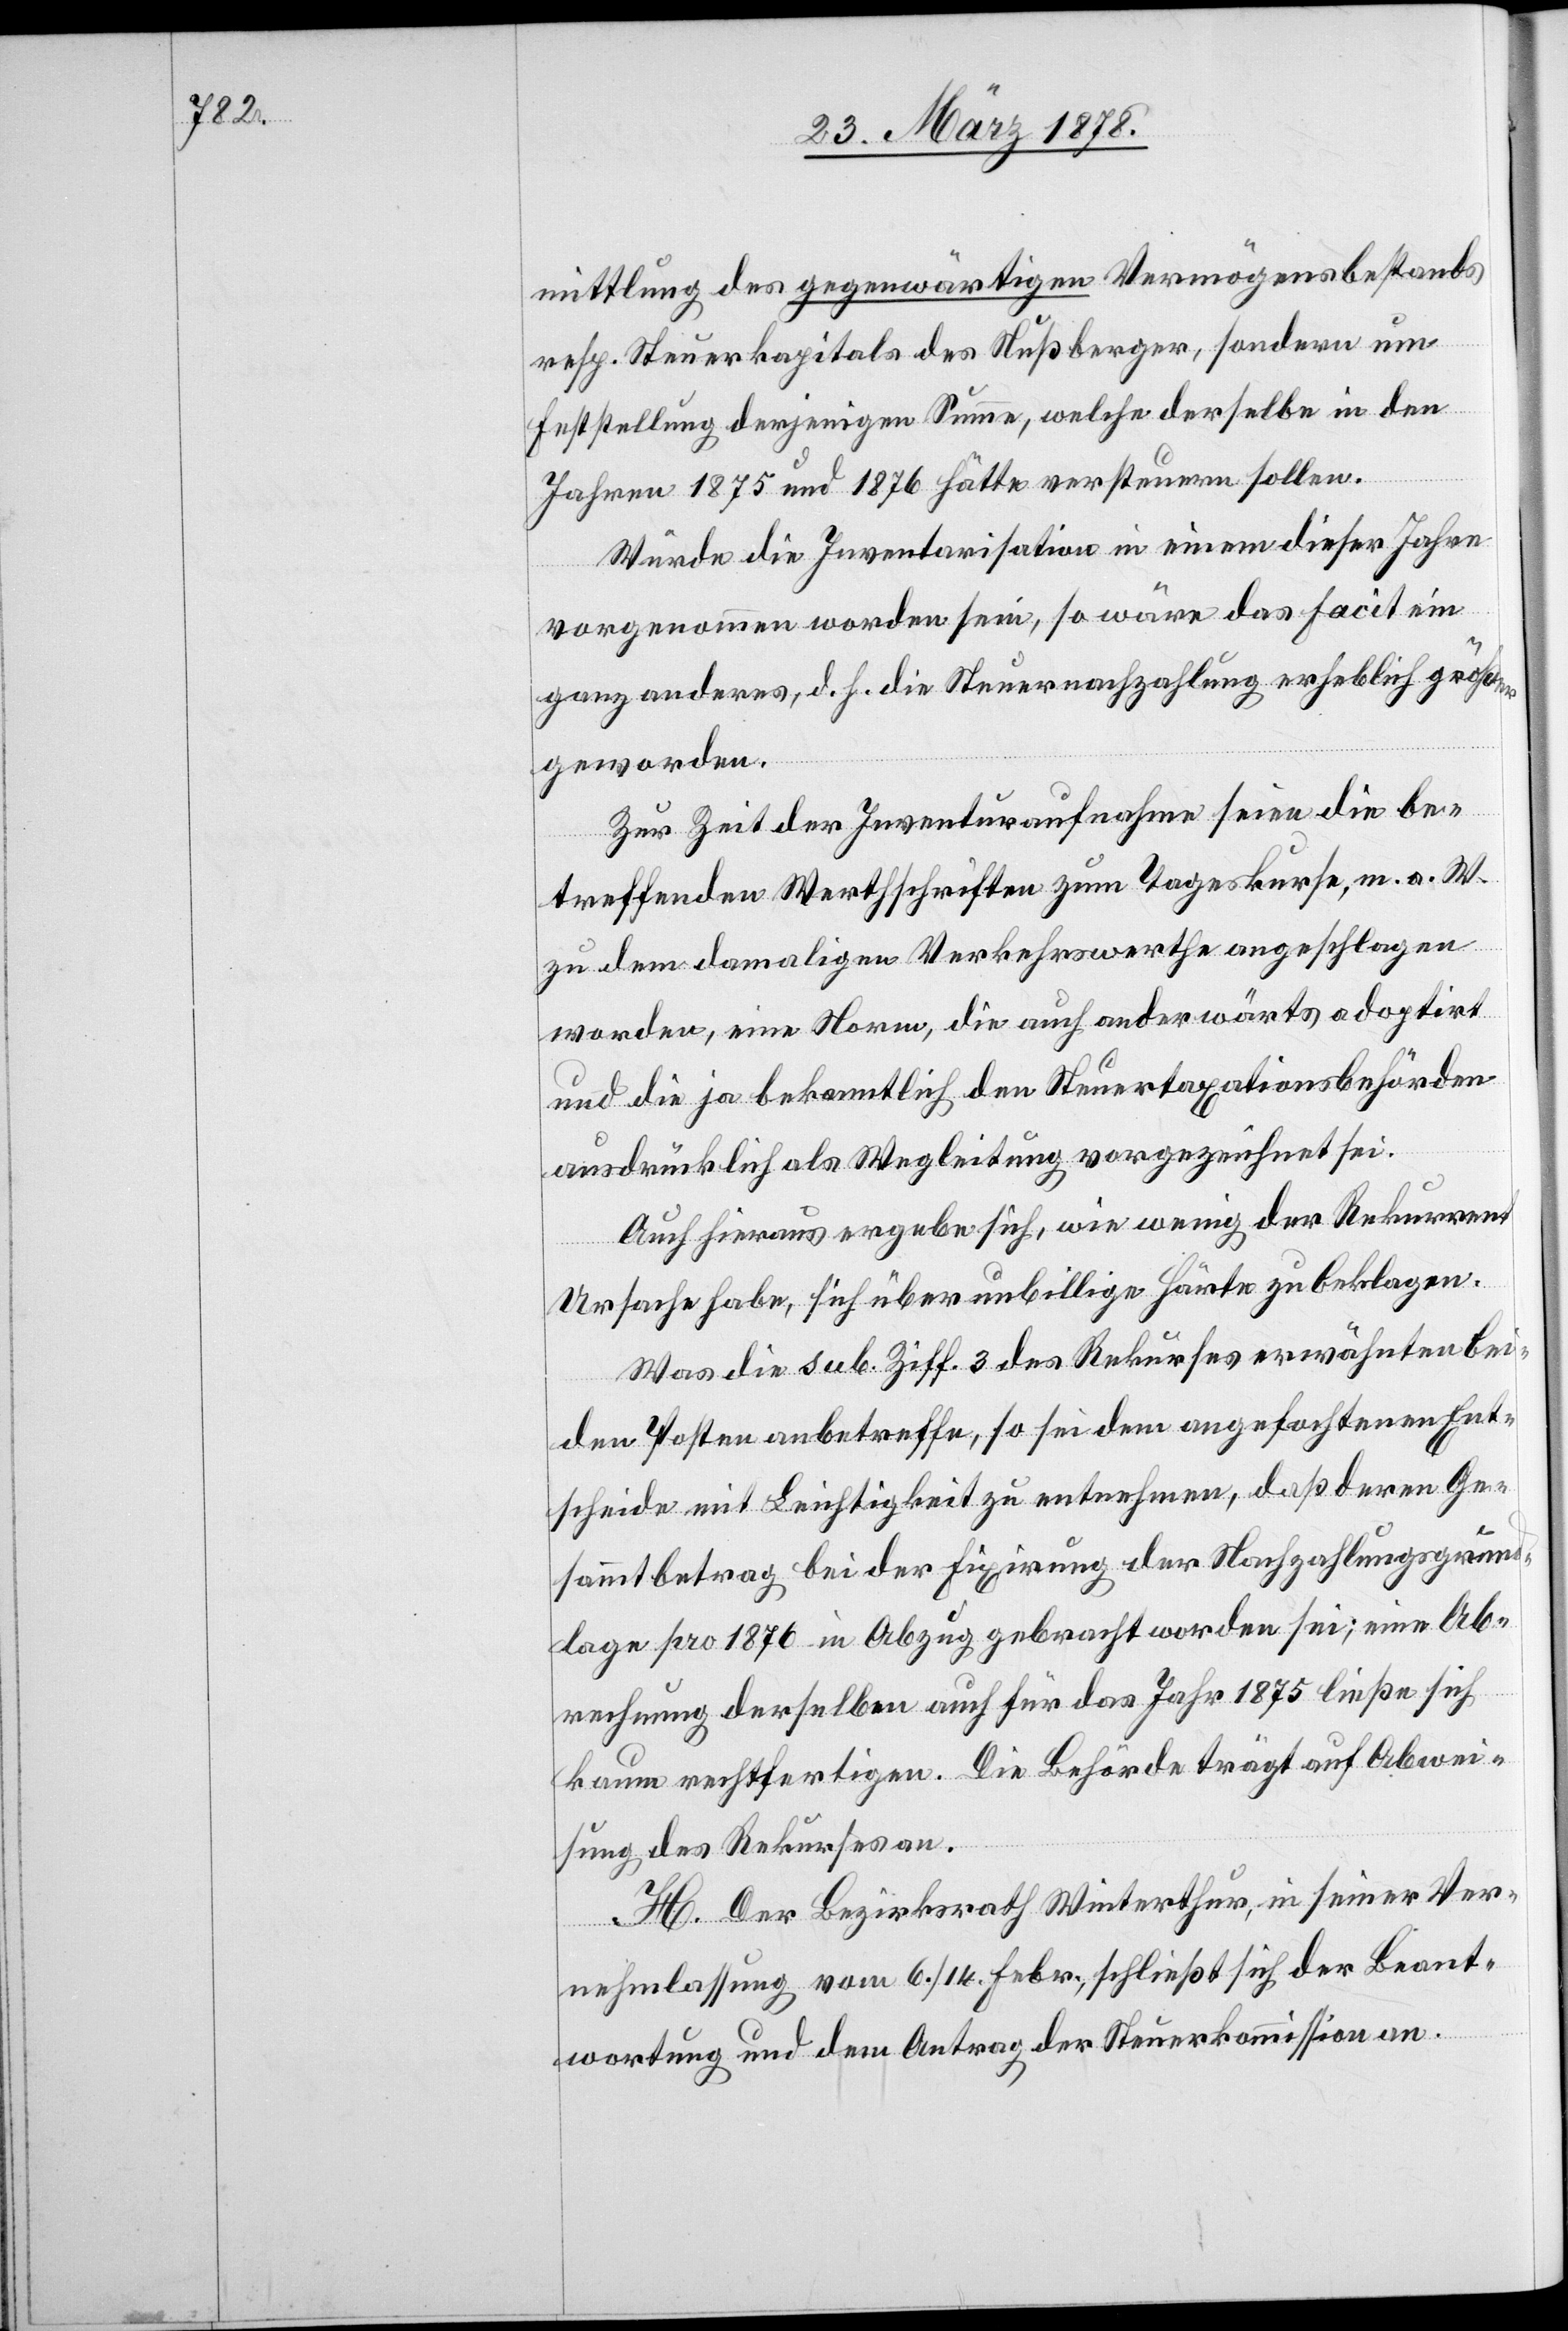
mittlung des gegenwärtigen Vermögensbestands
resp. Steuerkapitals des Nußberger, sondern um
Feststellung derjenigen Summe, welche derselbe in den
Jahren 1875 und 1876 hätte versteuern sollen.
Würde die Inventarisation in einem dieser Jahre
vorgenommen worden sein, so wäre das Facit ein
ganz anderes, d. h. die Steuernachzahlung erheblich größer
geworden.
Zur Zeit der Inventuraufnahme seien die be¬
treffenden Werthschriften zum Tageskurse, m. a. W.
zu dem damaligen Verkehrswerthe angeschlagen
worden, eine Norm, die auch anderwärts adoptirt
und die ja bekanntlich den Steuertaxationsbehörden
ausdrücklich als Wegleitung vorgezeichnet sei.
Auch hieraus ergebe sich, wie wenig der Rekurrent
Ursache habe, sich über unbillige Härte zu beklagen.
Was die sub. Ziff. 3 des Rekurses erwähnten bei¬
den Posten anbetreffe, so sei dem angefochtenen Ent¬
scheide mit Leichtigkeit zu entnehmen, daß deren Ge¬
sammtbetrag bei der Fixirung der Nachzahlungsgrund¬
lage pro 1876 in Abzug gebracht worden sei; eine Ab¬
rechnung derselben auch für das Jahr 1875 ließe sich
kaum rechtfertigen. Die Behörde trägt auf Abwei¬
sung des Rekurses an.
H. Der Bezirksrath Winterthur, in seiner Ver¬
nehmlassung vom 6./14. Febr., schließt sich der Beant¬
wortung und dem Antrag der Steuerkommission an.